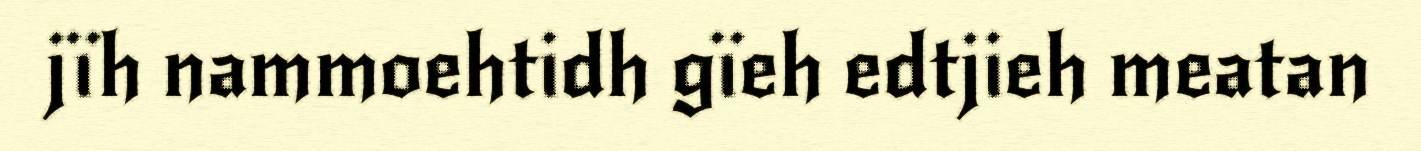
jïh nammoehtidh gïeh edtjieh meatan